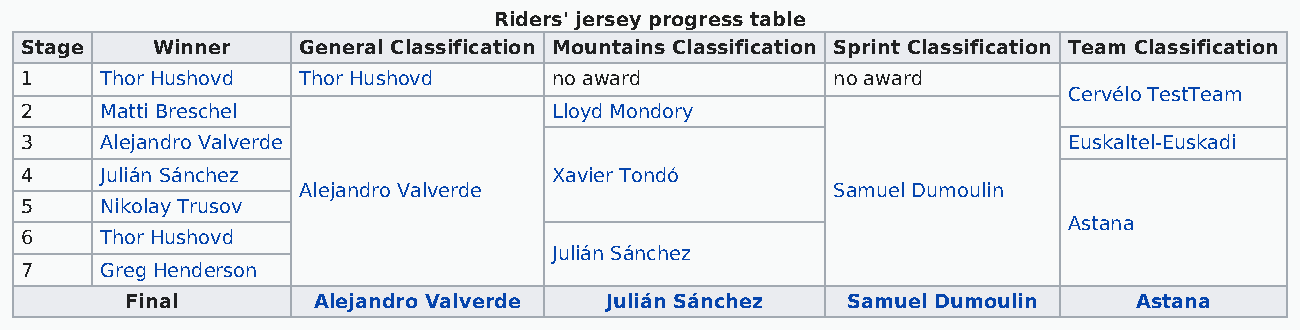
Riders' jersey progress table
 Stage    Winner    General Classification Mountains Classification Sprint Classification Team Classification
 1     Thor Hushovd Thor Hushovd     no award          no award
 Cervélo TestTeam
 2     Matti Breschel                Lloyd Mondory
 3     Alejandro Valverde                                              Euskaltel-Euskadi
 4     Julián Sánchez                Xavier Tondó
 Alejandro Valverde                 Samuel Dumoulin
 5     Nikolay Trusov
 Astana
 6     Thor Hushovd
 Julián Sánchez
 7     Greg Henderson
 Final        Alejandro Valverde Julián Sánchez  Samuel Dumoulin    Astana